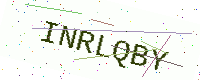
Text: INRLQBY